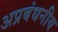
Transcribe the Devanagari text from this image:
अप्रबंधनीय